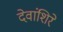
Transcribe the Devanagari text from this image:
देवांशिरे